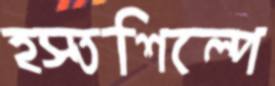
হস্তশিল্পে